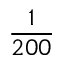
\frac { 1 } { 2 0 0 }